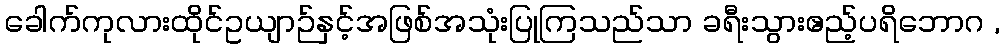
ခေါက်ကုလားထိုင်ဥယျာဉ်နှင့်အဖြစ်အသုံးပြုကြသည်သာ ခရီးသွားဧည့်ပရိဘောဂ ,